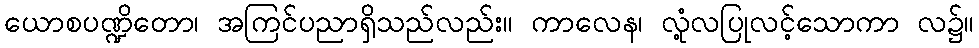
ယောစပဏ္ဍိတော၊ အကြင်ပညာရှိသည်လည်း။ ကာလေန၊ လုံ့လပြုလင့်သောကာ လ၌။